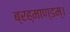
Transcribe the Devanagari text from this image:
ब्रह्माण्डम्।